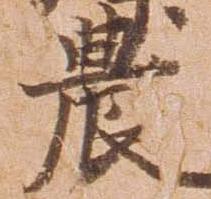
農